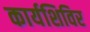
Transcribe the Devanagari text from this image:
कार्यशिविर